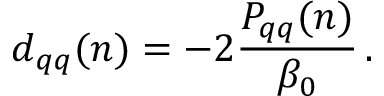
d _ { q q } ( n ) = - 2 { \frac { P _ { q q } ( n ) } { \beta _ { 0 } } } \, .